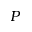
P